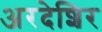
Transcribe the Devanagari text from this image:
अरदेशिर